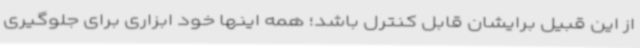
از این قبیل برایشان قابل کنترل باشد؛ همه اینها خود ابزاری برای جلوگیری